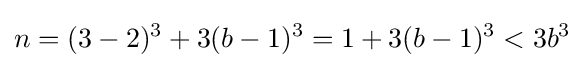
n=(3-2)^{3}+3(b-1)^{3}=1+3(b-1)^{3}<3b^{3}